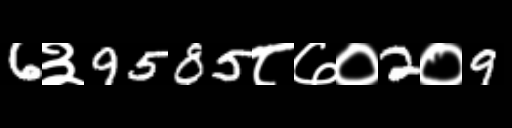
Text: 6३9585८७०2०9